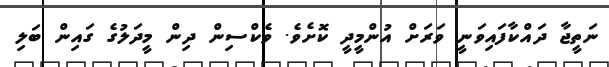
ނަތީޖާ ދައްކާފައިވަނީ ވަރަށް އުންމީދީ ކޮށެވެ. ވެކްސިން ދިން މީދަލުގެ ގައިން ބަލި